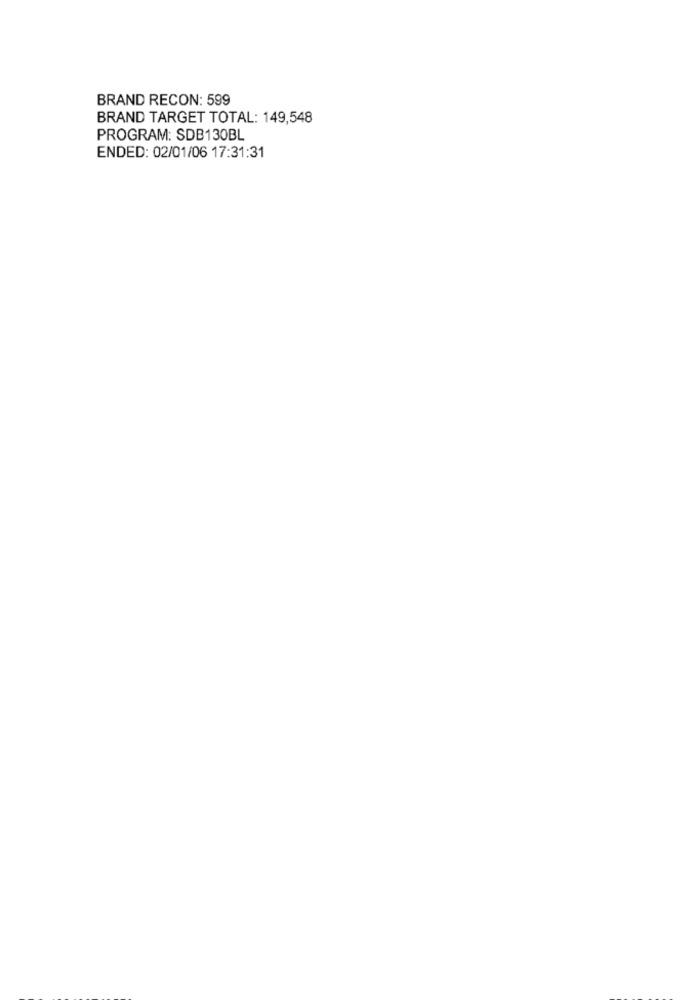
BRAND RECON: 599
BRAND TARGET TOTAL: 149,548
PROGRAM: SDB130BL
ENDED: 02/01/06 17:31:31